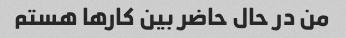
من در حال حاضر بین کارها هستم